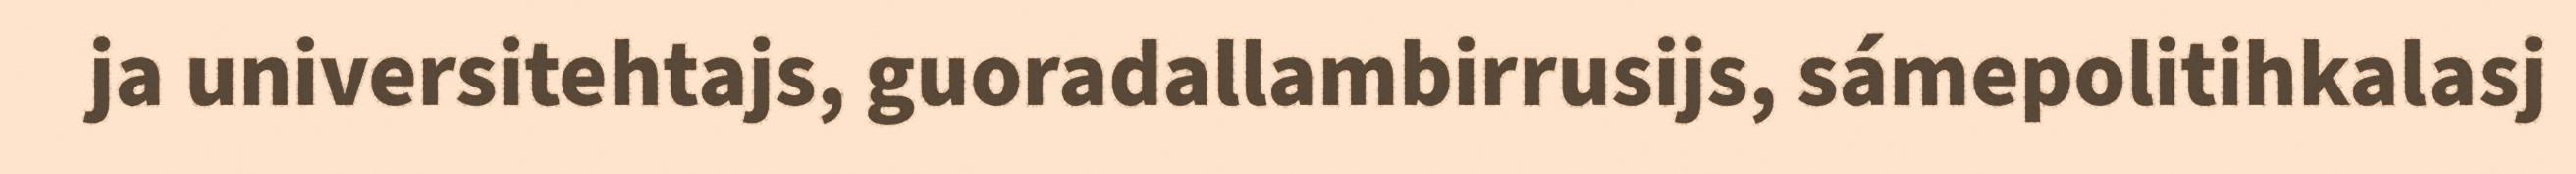
ja universitehtajs, guoradallambirrusijs, sámepolitihkalasj